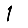
Digit: 1